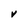
Character: V